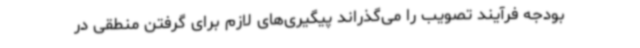
بودجه فرآیند تصویب را می‌گذراند پیگیری‌های لازم برای گرفتن منطقی در